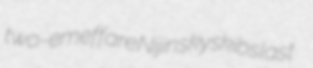
two-em effare Nijinsky skibslast